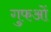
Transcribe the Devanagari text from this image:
गुफओं